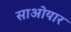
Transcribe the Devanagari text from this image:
साओयार